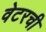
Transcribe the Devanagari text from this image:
वेटरची